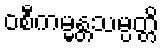
ဝစီကမ္မန္တသမ္ပတ္တိ